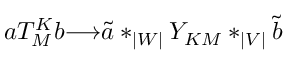
a T _ { M } ^ { K } b { \longrightarrow } { \tilde { a } } * _ { | W | } Y _ { K M } * _ { | V | } { \tilde { b } }